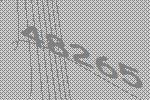
48265